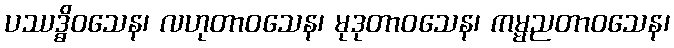
ပဿဒ္ဓိဝသေန၊ လဟုတာဝသေန၊ မုဒုတာဝသေန၊ ကမ္မညတာဝသေန၊